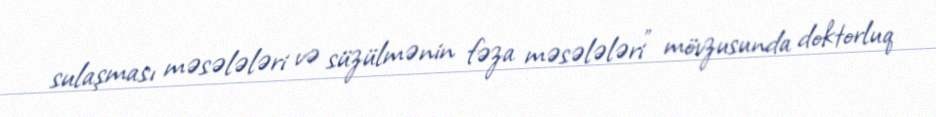
sulaşması məsələləri və süzülmənin fəza məsələləri" mövzusunda doktorluq